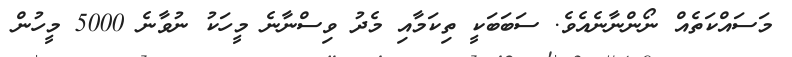
މަސައްކަތެއް ނޯންނާނެއެވެ. ސަބަބަކީ ތިކަމާއި މެދު ވިސްނާނެ މީހަކު ނުވާނެ 5000 މީހުން